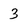
Character: 3